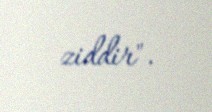
ziddir".